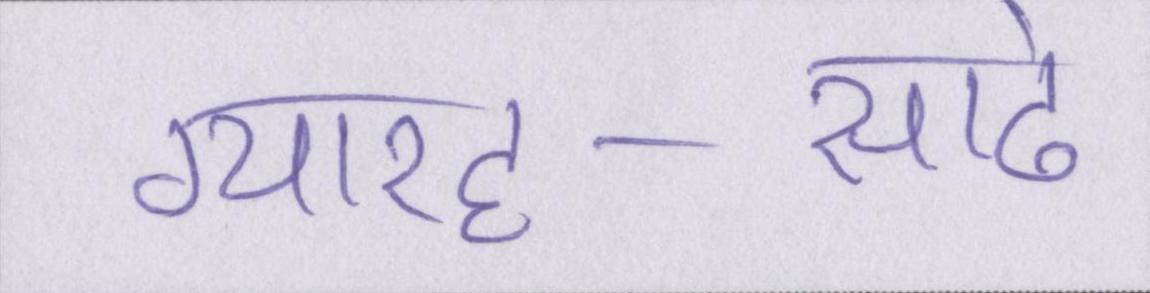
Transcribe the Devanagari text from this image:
ग्यारह-साढे